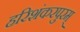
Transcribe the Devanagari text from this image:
हरिशंकरपुरम्